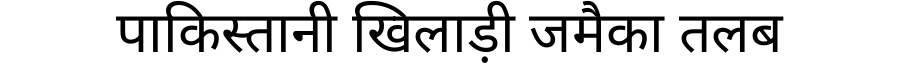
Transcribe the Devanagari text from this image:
पाकिस्तानी खिलाड़ी जमैका तलब